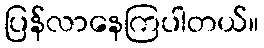
ပြန်လာနေကြပါတယ်။